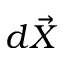
d \vec { X }